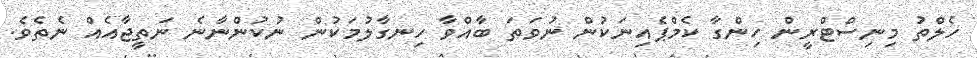
ހެލްތު މިނިސްޓްރީން ހިންގާ ކެމްޕެއިނަކުން ނުވަތަ ބާއްވާ ހިނގާލުމަކުން ނުކުންނާނެ ނަތީޖާއެއް ނެތެވެ.